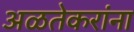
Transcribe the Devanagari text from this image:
अळतेकरांना